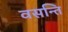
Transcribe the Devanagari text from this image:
वसन्ति